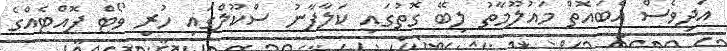
އަދިވެސް އެބައޮތް މައުލޫމާތު ލިބޭ ގޮތުގައި ކަލާފާނު ސްކޫލްގައި ހުރި ވޯޓް ފޮއްޓެއްގެ